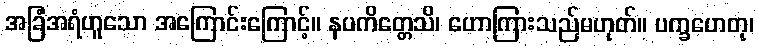
အခြံအရံဟူသော အကြောင်းကြောင့်။ နပကိတ္တေသိ၊ ဟောကြားသည်မဟုတ်။ ပက္ခဟေတု၊